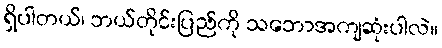
ရှိပါတယ်၊ ဘယ်တိုင်းပြည်ကို သဘောအကျဆုံးပါလဲ။